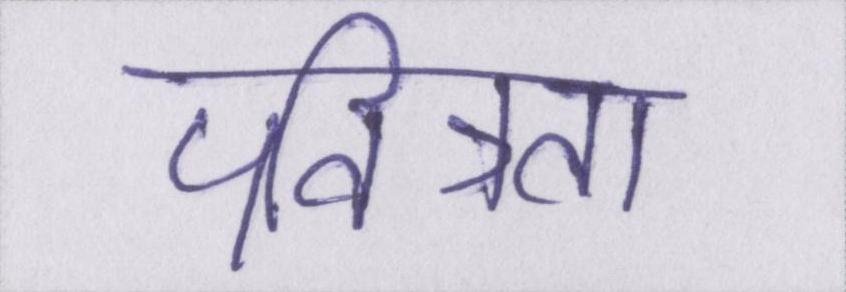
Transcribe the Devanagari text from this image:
पवित्रता